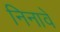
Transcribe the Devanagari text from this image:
निनावे